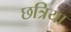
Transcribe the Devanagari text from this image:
छत्रिया